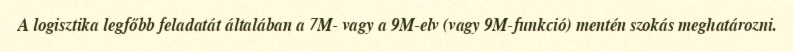
A logisztika legfőbb feladatát általában a 7M- vagy a 9M-elv (vagy 9M-funkció) mentén szokás meghatározni.